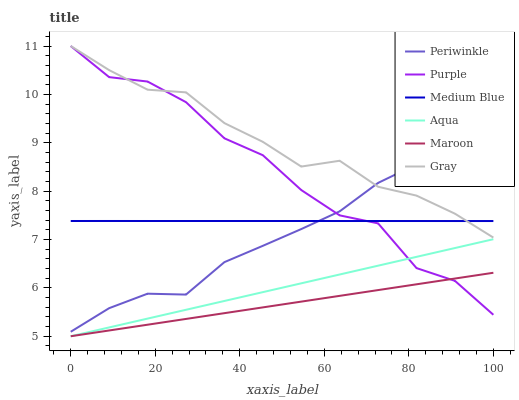
| xaxis_label | Periwinkle | Purple | Medium Blue | Aqua | Maroon | Gray |
 | --- | --- | --- | --- | --- | --- | --- |
 | 0 | 5.09 | 11 | 7.38 | 5 | 5 | 11 |
 | 9.09 | 5.58 | 10.4 | 7.38 | 5.18 | 5.12 | 10.5 |
 | 18.2 | 5.88 | 10.3 | 7.38 | 5.36 | 5.24 | 10.1 |
 | 27.3 | 5.86 | 9.84 | 7.38 | 5.55 | 5.36 | 10 |
 | 36.4 | 6.53 | 9.09 | 7.38 | 5.73 | 5.48 | 9.41 |
 | 45.5 | 6.87 | 8.74 | 7.38 | 5.91 | 5.6 | 9.02 |
 | 54.5 | 7.22 | 8.02 | 7.38 | 6.09 | 5.72 | 8.51 |
 | 63.6 | 7.58 | 7.5 | 7.38 | 6.28 | 5.84 | 8.63 |
 | 72.7 | 8.17 | 7.33 | 7.38 | 6.46 | 5.95 | 8.09 |
 | 81.8 | 8.55 | 6.41 | 7.38 | 6.64 | 6.07 | 7.91 |
 | 90.9 | 8.69 | 6.15 | 7.38 | 6.82 | 6.19 | 7.53 |
 | 100 | 8.85 | 5.44 | 7.38 | 7.01 | 6.31 | 7.04 |